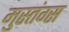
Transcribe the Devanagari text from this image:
मुस्तंग्स